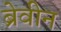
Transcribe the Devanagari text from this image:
ब्रेवीन